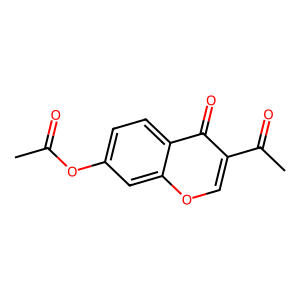
SMILES: CC(=O)Oc1ccc2c(=O)c(C(C)=O)coc2c1
Inhibits HIV replication: No